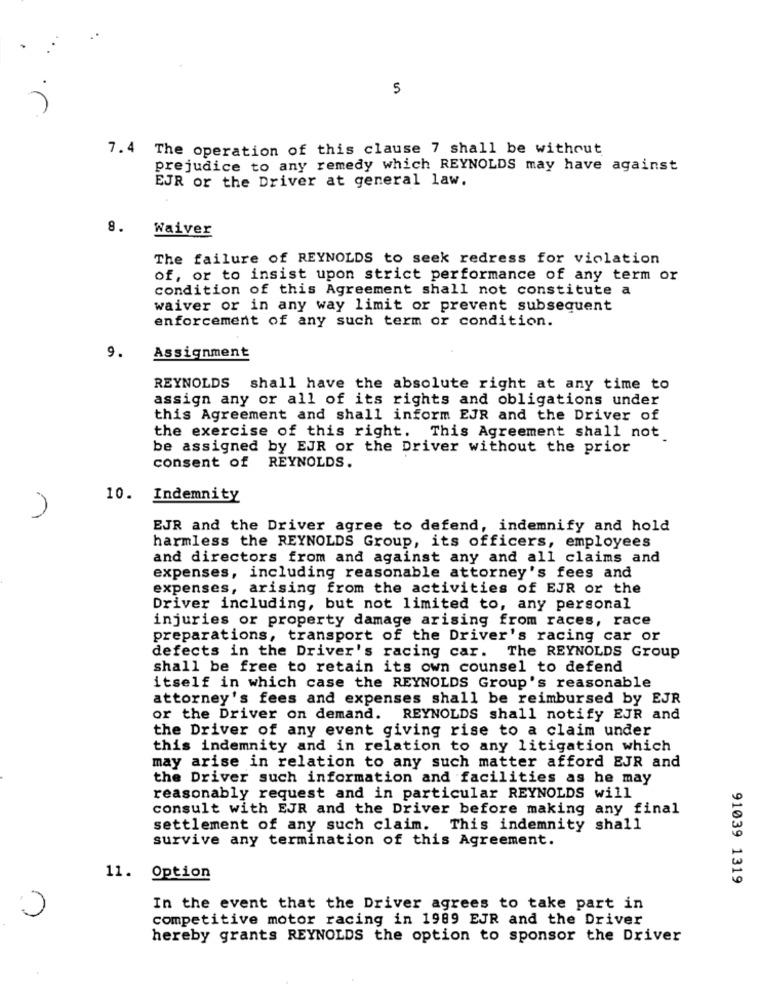
.
5
7.4 The operation of this clause 7 shall be without
prejudice to any remedy which REYNOLDS may have against
EJR or the Driver at general law.
8.
Waiver
The failure of REYNOLDS to seek redress for violation
of, or to insist upon strict performance of any term or
condition of this Agreement shall not constitute a
waiver or in any way limit or prevent subsequent
enforcement of any such term or condition.
9.
Assignment
REYNOLDS shall have the absolute right at any time to
assign any or all of its rights and obligations under
this Agreement and shall inform EJR and the Driver of
the exercise of this right. This Agreement shall not
be assigned by EJR or the Driver without the prior
consent of REYNOLDS.
10. Indemnity
EJR and the Driver agree to defend, indemnify and hold
harmless the REYNOLDS Group, its officers, employees
and directors from and against any and all claims and
expenses, including reasonable attorney's fees and
expenses, arising from the activities of EJR or the
Driver including, but not limited to, any personal
injuries or property damage arising from races, race
preparations, transport of the Driver's racing car or
defects in the Driver's racing car. The REYNOLDS Group
shall be free to retain its own counsel to defend
itself in which case the REYNOLDS Group's reasonable
attorney's fees and expenses shall be reimbursed by EJR
or the Driver on demand. REYNOLDS shall notify EJR and
the Driver of any event giving rise to a claim under
this indemnity and in relation to any litigation which
may arise in relation to any such matter afford EJR and
the Driver such information and facilities as he may
reasonably request and in particular REYNOLDS will
consult with EJR and the Driver before making any final
settlement of any such claim. This indemnity shall
survive any termination of this Agreement.
11.
Option
91039 1319
In the event that the Driver agrees to take part in
competitive motor racing in 1989 EJR and the Driver
hereby grants REYNOLDS the option to sponsor the Driver